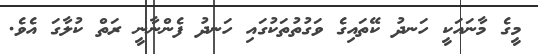
މީގެ މާނައަކީ ހަނދު ކޭތައިގެ ވަގުތުތަކުގައި ހަނދު ފެންނާނީ ރަތް ކުލާގަ އެވެ.